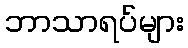
ဘာသာရပ်များ